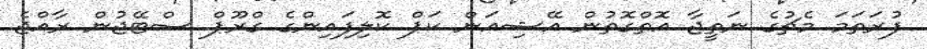
ފުރަތަމަ މެޗުގެ ނަތީޖާ އޮތްގޮތުން އޭޝިއަން ކަޕް ކޮލިފައިންގެ ގްރޫޕް ސްޓޭޖުން ރާއްޖެ